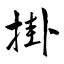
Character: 掛